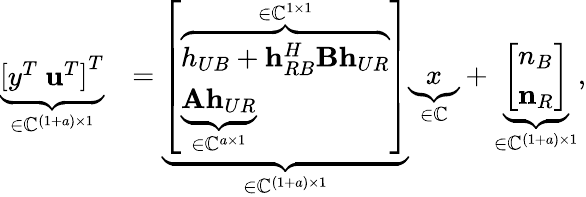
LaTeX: \begin{array}{rl}{\underbrace{\left[\begin{array}{l}{y^{T}\ \mathbf{u}^{T}}\end{array}\right]^{T}}_{\in\mathbb{C}^{(1+a)\times 1}}}&{=\underbrace{\left[\begin{array}{l}{\overbrace{h_{UB}+\mathbf{h}_{RB}^{H}\mathbf{B}\mathbf{h}_{UR}}^{\in\mathbb{C}^{1\times 1}}}\\ {\underbrace{\mathbf{A}\mathbf{h}_{UR}}_{\in\mathbb{C}^{a\times 1}}}\end{array}\right]}_{\in\mathbb{C}^{(1+a)\times 1}}\underbrace{x}_{\in\mathbb{C}}+\underbrace{\left[\begin{array}{l}{n_{B}}\\ {\mathbf{n}_{R}}\end{array}\right]}_{\in\mathbb{C}^{(1+a)\times 1}},}\end{array}